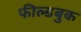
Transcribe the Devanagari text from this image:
फील्डबुक